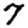
Digit: 7